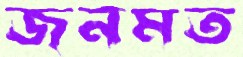
জনমত